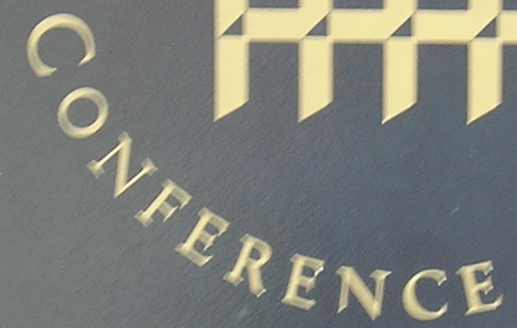
CONFERENCE